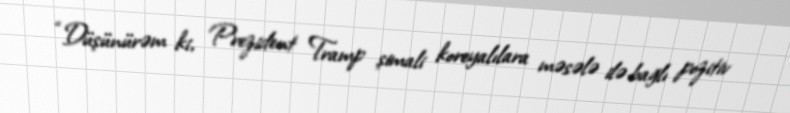
“Düşünürəm ki, Prezident Tramp şimali koreyalılara məsələ ilə bağlı pozitiv